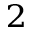
^ 2